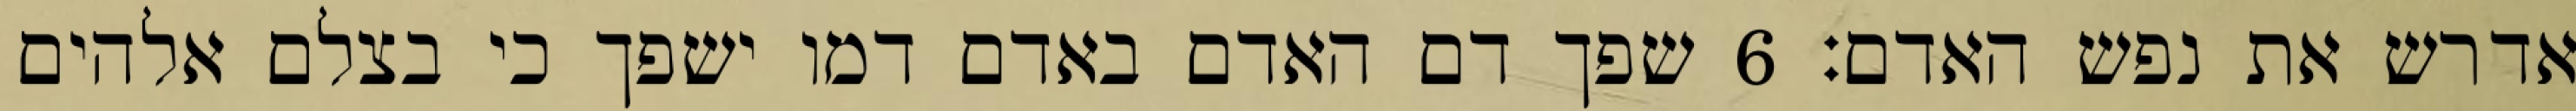
אדרש את נפש האדם׃ ‎6‏ שפך דם האדם באדם דמו ישפך כי בצלם אלהים